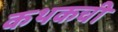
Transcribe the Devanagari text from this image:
कथकची